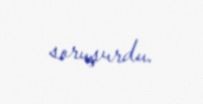
soruşurdu.